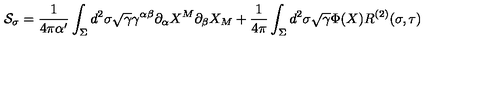
{ \cal S } _ { \sigma } = \frac { 1 } { 4 \pi \alpha ^ { \prime } } \int _ { \Sigma } d ^ { 2 } \sigma \sqrt { \gamma } \gamma ^ { \alpha \beta } \partial _ { \alpha } X ^ { M } \partial _ { \beta } X _ { M } + \frac { 1 } { 4 \pi } \int _ { \Sigma } d ^ { 2 } \sigma \sqrt { \gamma } \Phi ( X ) R ^ { ( 2 ) } ( \sigma , \tau )